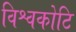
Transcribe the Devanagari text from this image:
विश्वकोटि